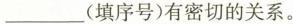
___(填序号)有密切的关系。